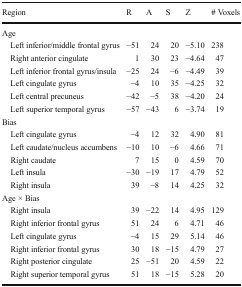
| Region | R | A | S | Z | # Voxels |
 | --- | --- | --- | --- | --- | --- |
 | <COLSPAN=6> Age |
 | Left inferior/middle frontal gyrus | −51 | 24 | 20 | −5.10 | 238 |
 | Right anterior cingulate | 1 | 30 | 23 | −4.64 | 47 |
 | Left inferior frontal gyrus/insula | −25 | 24 | −6 | −4.49 | 39 |
 | Left cingulate gyrus | −4 | 10 | 35 | −4.25 | 32 |
 | Left central precuneus | −42 | −5 | 38 | −4.20 | 24 |
 | Left superior temporal gyrus | −57 | −43 | 6 | −3.74 | 19 |
 | <COLSPAN=6> Bias |
 | Left cingulate gyrus | −4 | 12 | 32 | 4.90 | 81 |
 | Left caudate/nucleus accumbens | −10 | 10 | −6 | 4.66 | 71 |
 | Right caudate | 7 | 15 | 0 | 4.59 | 70 |
 | Left insula | −30 | −19 | 17 | 4.79 | 52 |
 | Right insula | 39 | −8 | 14 | 4.25 | 32 |
 | <COLSPAN=6> Age × Bias |
 | Right insula | 39 | −22 | 14 | 4.95 | 129 |
 | Right inferior frontal gyrus | 51 | 24 | 6 | 4.71 | 46 |
 | Left cingulate gyrus | −4 | 15 | 29 | 5.14 | 46 |
 | Right inferior frontal gyrus | 30 | 18 | −15 | 4.79 | 27 |
 | Right posterior cingulate | 25 | −51 | 20 | 4.59 | 22 |
 | Right superior temporal gyrus | 51 | 18 | −15 | 5.28 | 20 |